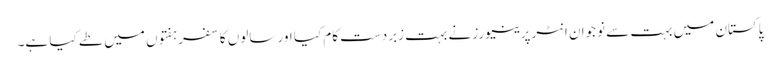
پاکستان میں بہت سے نوجوان انٹرپرینیورز نے بہت زبردست کام کیا اور سالوں کا سفر ہفتوں میں طے کیا ہے۔